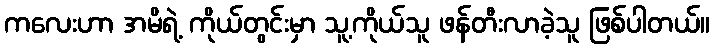
ကလေးဟာ အမိရဲ့ ကိုယ်တွင်းမှာ သူ့ကိုယ်သူ ဖန်တီးလာခဲ့သူ ဖြစ်ပါတယ်။